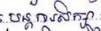
បន្តការសិក្សា